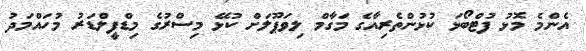
އެންމެ މޮޅު ފުޓްބޯޅަ ކުޅުންތެރިއާގެ މަގާމް ލިވަޕޫލަށް ކުޅޭ މިސްރުގެ މިޑްފީލްޑަރު މުހައްމަދު